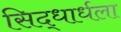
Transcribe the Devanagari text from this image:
सिद्धार्धला